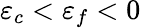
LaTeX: \varepsilon_{c}<\varepsilon_{f}<0